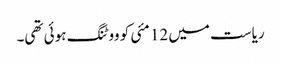
ریاست میں 12 مئی کو ووٹنگ ہوئی تھی۔